Vaccination in Bombay 1863-1868 - 1863-1868
Year: 1863
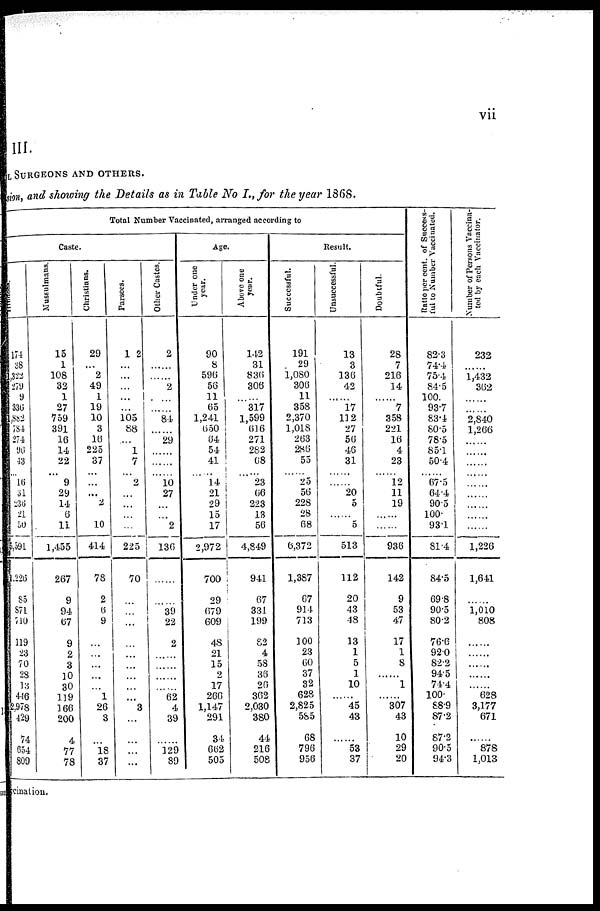
vii
III.
SURGEONS AND OTHERS.
ion, and showing the Details as in Table No I., for the year 1868.
Total Number Vaccinated, arranged according to
Caste.
174
38
322
279
9
336
,882
784
274
96
43
... 16
31
236
21
50
5,591
1,226
85
871
710
119
23
70
28
13
446
2,978
429
74
654
809
Mussulmans.
15
1
108
32
1
27
759
391
16
14
22
... 9
29
14
6
11
1,455
267
9
94
67
9
2
3
10
30
119
166
200
4
77
78
Christians.
29
...
2
49
1
19
10
3
16
225
37
...
...
...
2
...
10
414
78
2
6
9
...
...
...
...
...
1
26
3
...
18
37
Parsees.
102
...
...
...
...
...
105 88
...
1
7
... 2
...
...
...
...
225
70
...
...
...
...
...
...
...
...
...
3
...
...
...
...
Other Castes.
2
...
...
2
...
...
84
......
29
......
......
... 10
27
...
...
2
136
......
......
39
22
2
...
...
...
...
62
4
39
...
129
89
Age.
Under one
year.
90
8
596
56
11
65
1,241
650
64
54
41
...... 14
21
29
15
17
2,972
700
29
679
609
48
21
15
2
17
266
1,147
291
34
662
505
Above one
year.
142
31
836
306
...
317
1,599
616
271
282
68
...... 23
66
223
13
56
4,849
941
67
331
199
82
4
58
36
26
362
2,030
380
44
216
508
Result.
Successful.
191
29
1,080
306
11
358
2,370
1,018
263
286
55
...... 25
56
228
28
68
6,372
1,387
67
914
713
100
23
60
37
32
628
2,825
585
68
796
956
Unsuccessful.
13
3
136
42
...
17
112
27
56
46
31
......
...... 20
5
...
5
513
112
20
43
48
13
1
5
1
10
...
45
43
...
53
37
Doubtful.
28
7
216
14
...
7
358
221
16
4
23
...... 12
11
19
...
......
936
142
9
53
47
17
1
8
......
1
...
307
43
10
29
20
Ratio per cent. of Success-
ful to Number Vaccinated.
82.3
74.4
75.4
84.5
100.
93.7
83.4
80.5
78.5
85.1
50.4
...... 67.5
64.4
90.5
100.
93.1
81.4
84.5
69.8
90.5
80.2
76.6
92.0
82.2
94.5
74.4
100.
88.9
87.2
87.2
90.5
94.3
Number of Persons Vaccina¬
ted by each Vaccinator.
232
1,432
362
......
2,840
1,266
......
......
......
......
......
......
......
......
......
1,226
1,641
......
1,010
808
......
......
......
......
......
628
3,177
671
......
878
1,013
vaccination.